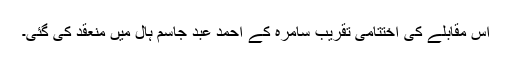
اس مقابلے کی اختتامی تقریب سامرہ کے احمد عبد جاسم ہال میں منعقد کی گئی۔